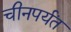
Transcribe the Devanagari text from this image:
चीनपर्यंत